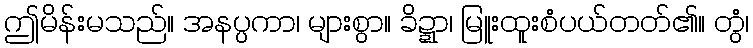
ဤမိန်းမသည်။ အနပ္ပကာ၊ များစွာ။ ခိဍ္ဍာ၊ မြူးထူးစံပယ်တတ်၏။ တွံ၊